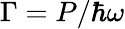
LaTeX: \Gamma=P/\hbar\omega